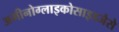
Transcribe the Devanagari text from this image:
अमीनोग्लाइकोसाइडजैसे